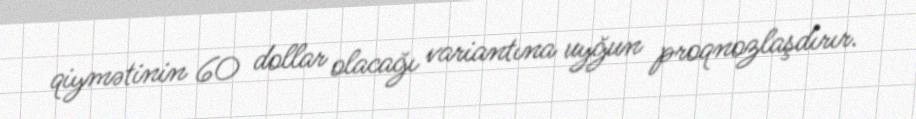
qiymətinin 60 dollar olacağı variantına uyğun proqnozlaşdırır.